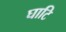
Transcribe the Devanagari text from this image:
घाटि